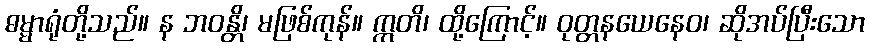
ဓမ္မာရုံတို့သည်။ န ဘဝန္တိ၊ မဖြစ်ကုန်။ ဣတိ၊ ထို့ကြောင့်။ ဝုတ္တနယေနေဝ၊ ဆိုအပ်ပြီးသော